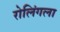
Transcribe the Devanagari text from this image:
रोलिंगला